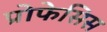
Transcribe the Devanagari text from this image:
प्रोफेसिस